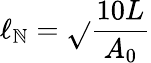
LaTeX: \ell_{\mathbb{N}}=\sqrt{}{{\frac{{10L}}{{A_{0}}}}}